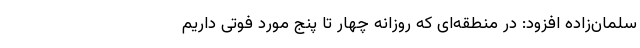
سلمان‌زاده افزود: در منطقه‌ای که روزانه چهار تا پنج مورد فوتی داریم